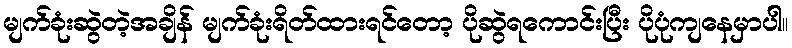
မျက်ခုံးဆွဲတဲ့အချိန် မျက်ခုံးရိတ်ထားရင်တော့ ပိုဆွဲရကောင်းပြီး ပိုပုံကျနေမှာပါ။